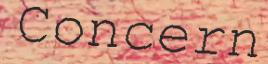
Concern